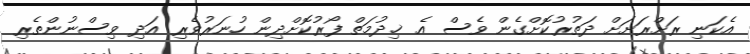
އެކަނި ރަށްރަށަށް ދަތުރުކޮށްގެން ވެސް އެ ޚިދުމަތް ފޯރުކޮށްދިން ހުނަރުވެރި އަދި ވިސްނުންތެރި